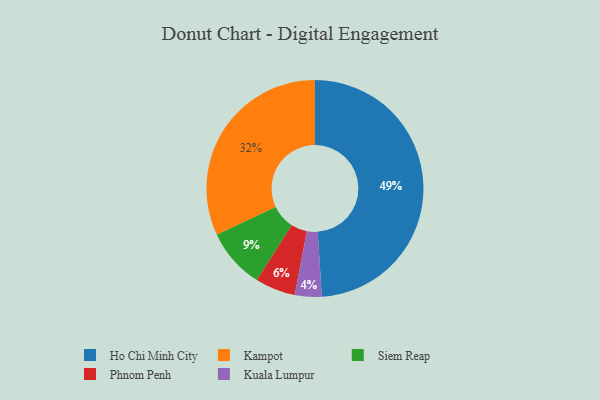
{"axis": {"x": "Category", "y": "Percentage"}, "legend": ["Ho Chi Minh City", "Kampot", "Kuala Lumpur", "Phnom Penh", "Siem Reap"], "data": [{"x": "Kampot", "y": 32, "type": "Kampot"}, {"x": "Siem Reap", "y": 9, "type": "Siem Reap"}, {"x": "Ho Chi Minh City", "y": 49, "type": "Ho Chi Minh City"}, {"x": "Kuala Lumpur", "y": 4, "type": "Kuala Lumpur"}, {"x": "Phnom Penh", "y": 6, "type": "Phnom Penh"}]}